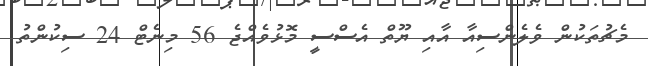
މެޗުތަކުން ވެލެންސިއާ އާއި ޔޫތް އެސްސީ މޮޅުވެއްޖެ 56 މިނެޓް 24 ސިކުންތު